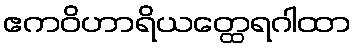
ဧကဝိဟာရိယတ္ထေရဂါထာ